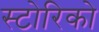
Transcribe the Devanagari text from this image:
स्टोरिको